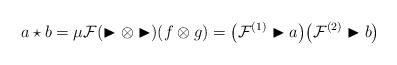
LaTeX: \begin{align*}a\star b = \mu\mathcal{F}(\blacktriangleright\otimes\blacktriangleright)(f\otimes g) = \big(\mathcal{F}^{(1)}\blacktriangleright a\big) \big(\mathcal{F}^{(2)}\blacktriangleright b\big)\end{align*}